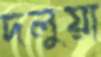
দলুয়া